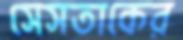
সেসতাকের